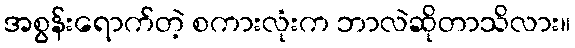
အစွန်းရောက်တဲ့ စကားလုံးက ဘာလဲဆိုတာသိလား။